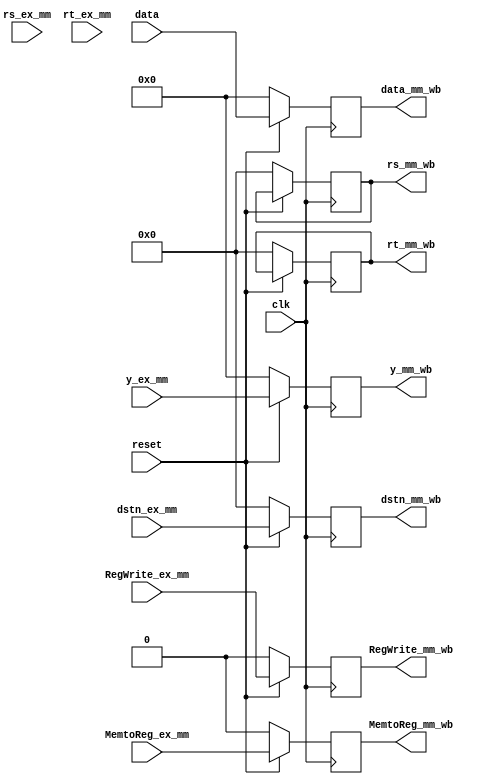
`timescale 1ns / 1ps
module mm_wb(input clk,input reset,
             input [31:0] y_ex_mm,
              output reg [31:0] y_mm_wb,
              input [31:0] data,
              output reg [31:0] data_mm_wb,
              input [4:0] dstn_ex_mm,
              output reg [4:0] dstn_mm_wb,
              input RegWrite_ex_mm,
              output reg RegWrite_mm_wb,
              input MemtoReg_ex_mm,
              output reg MemtoReg_mm_wb,
              input [4:0] rs_ex_mm,
             output reg [4:0] rs_mm_wb,
             input [4:0] rt_ex_mm,
             output reg [4:0] rt_mm_wb);
 always@(posedge clk)
 begin
 if(reset==0)
   begin
   RegWrite_mm_wb<=0;
   MemtoReg_mm_wb<=0;
   y_mm_wb<=0;
   data_mm_wb<=0;
   dstn_mm_wb<=0;
    rs_mm_wb<=0;
     rt_mm_wb<=0;
   end
 else
   begin
   
   RegWrite_mm_wb<=RegWrite_ex_mm;
   MemtoReg_mm_wb<=MemtoReg_ex_mm;
   y_mm_wb<=y_ex_mm;
   data_mm_wb<=data;
   dstn_mm_wb<=dstn_ex_mm;
    rs_mm_wb<=rs_mm_wb;
     rt_mm_wb<=rt_mm_wb;
   end
 end
endmodule